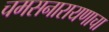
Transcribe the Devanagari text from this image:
चमसनारायणाचा